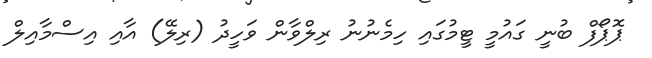
ޕޮޕޯފް ބުނީ ގައުމީ ޓީމުގައި ހިމެނުނު ރިލްވާން ވަހީދު (ރިލޭ) އާއި އިސްމާއިލް